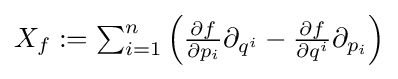
\textstyle X_{f}:=\sum _{i=1}^{n}\left({\frac {\partial f}{\partial p_{i}}}\partial _{q^{i}}-{\frac {\partial f}{\partial q^{i}}}\partial _{p_{i}}\right)